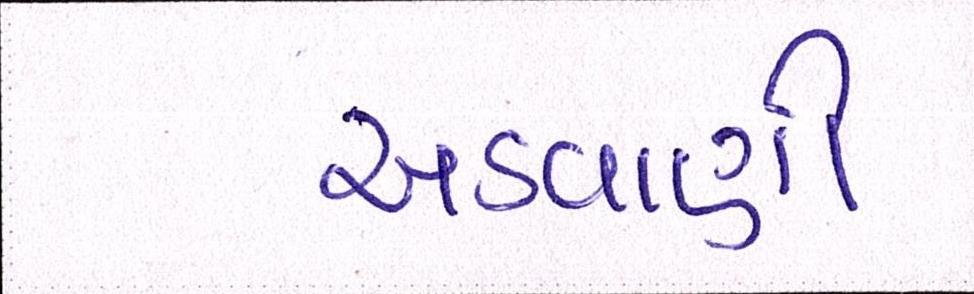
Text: અડવાણી